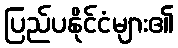
ပြည်ပနိုင်ငံများ၏